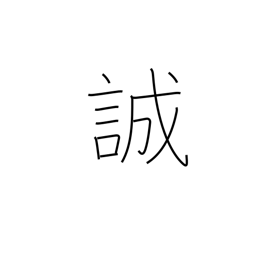
Meaning: warn